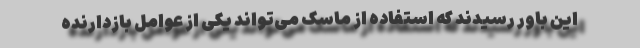
این باور رسیدند که استفاده از ماسک می‌تواند یکی از عوامل بازدارنده